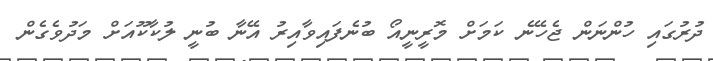
ދުރުގައި ހުންނަން ޖެހޭނެ ކަމަށް މޮރީނީއޯ ބުނެފައިވާއިރު އޭނާ ބުނީ ލުކާކޫއަށް މަދުވެގެން